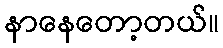
နာနေတော့တယ်။